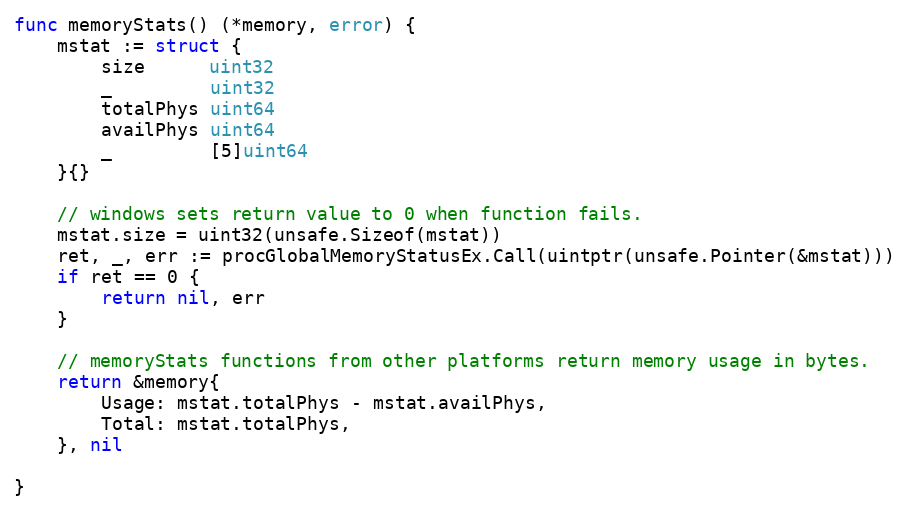
Language: Go
func memoryStats() (*memory, error) {
	mstat := struct {
		size      uint32
		_         uint32
		totalPhys uint64
		availPhys uint64
		_         [5]uint64
	}{}

	// windows sets return value to 0 when function fails.
	mstat.size = uint32(unsafe.Sizeof(mstat))
	ret, _, err := procGlobalMemoryStatusEx.Call(uintptr(unsafe.Pointer(&mstat)))
	if ret == 0 {
		return nil, err
	}

	// memoryStats functions from other platforms return memory usage in bytes.
	return &memory{
		Usage: mstat.totalPhys - mstat.availPhys,
		Total: mstat.totalPhys,
	}, nil

}